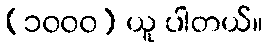
(၁၀၀၀) ယူ ပါတယ်။